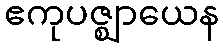
ဧကုပဇ္ဈာယေန